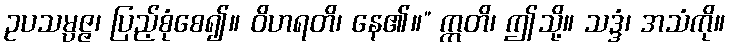
ဥပသမ္ပဇ္ဇ၊ ပြည့်စုံစေ၍။ ဝိဟရတိ၊ နေ၏။” ဣတိ၊ ဤသို့။ သဒ္ဒံ၊ အသံကို။